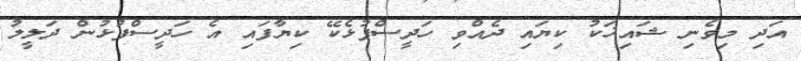
އަދި މިވެނި ޝައިޚަކު ކިޔައި ދެއްވި ހަދީސްފުޅެކޭ ކިޔާފައި އެ ހަދީސްފުޅުން ދަލީލު